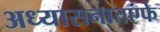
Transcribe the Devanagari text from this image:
अध्यासनातएफे